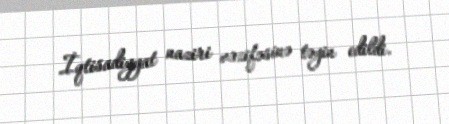
İqtisadiyyat naziri vəzifəsinə təyin edildi.